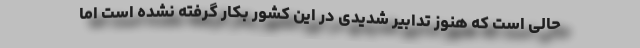
حالی است که هنوز تدابیر شدیدی در این کشور بکار گرفته نشده است اما